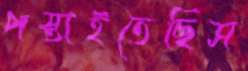
পস্তাইতেছিস